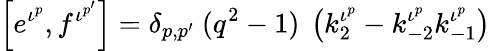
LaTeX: \left[e^{\iota^{p}},f^{\iota^{p^{\prime}}}\right]=\delta_{p,{p^{\prime}}}~(q^{2}-1)~\left(k_{2}^{\iota^{p}}-k_{-2}^{\iota^{p}}k_{-1}^{\iota^{p}}\right)